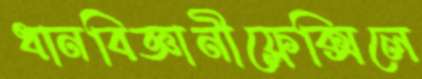
ধানবিজ্ঞানীফ্লেক্সিলে